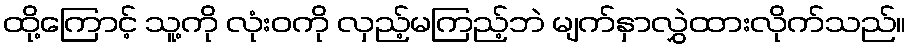
ထို့ကြောင့် သူ့ကို လုံးဝကို လှည့်မကြည့်ဘဲ မျက်နှာလွှဲထားလိုက်သည်။